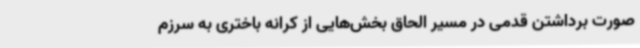
صورت برداشتن قدمی در مسیر الحاق بخش‌هایی از کرانه‌ باختری به سرزم